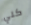
كلي